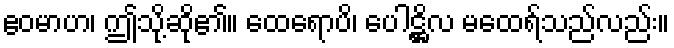
ဧဝမာဟ၊ ဤသို့ဆို၏။ ထေရောပိ၊ ပေါဋ္ဌိလ မထေရ်သည်လည်း။